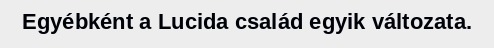
Egyébként a Lucida család egyik változata.